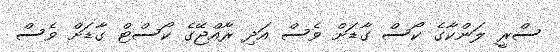
ސްރީ ލަންކާގެ ކޯސް ގާޑަށް ވެސް އަދި ރާއްޖޭގެ ކޯސްޓް ގާޑަށް ވެސް